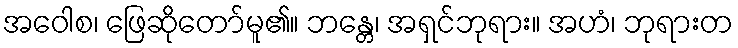
အဝေါစ၊ ဖြေဆိုတော်မူ၏။ ဘန္တေ၊ အရှင်ဘုရား။ အဟံ၊ ဘုရားတ